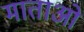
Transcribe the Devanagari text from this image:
माताओ